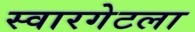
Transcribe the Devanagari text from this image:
स्वारगेटला